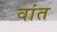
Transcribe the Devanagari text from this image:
वांत